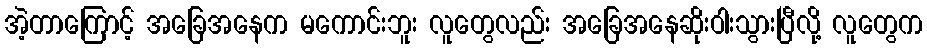
အဲ့တာကြောင့် အခြေအနေက မကောင်းဘူး လူတွေလည်း အခြေအနေဆိုးဝါးသွားပြီလို့ လူတွေက